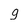
Character: 9